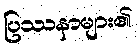
ပြဿနာများ၏